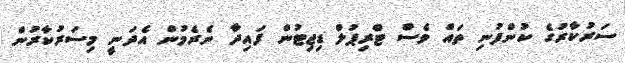
ސަރުކާރުގެ ކުންފުނި ތައް ވެސް ޓްރިޕުލް ޑިޖިޓުން ފައިދާ ނެރެމުން އެދަނީ މިސަރުކާރުން